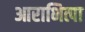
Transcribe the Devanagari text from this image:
आराभित्पा